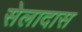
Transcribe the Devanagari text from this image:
सेलादास